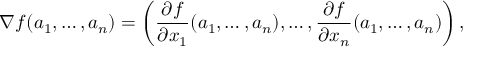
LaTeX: \nabla f ( a _ { 1 } , \ldots , a _ { n } ) = \left( { \frac { \partial f } { \partial x _ { 1 } } } ( a _ { 1 } , \ldots , a _ { n } ) , \ldots , { \frac { \partial f } { \partial x _ { n } } } ( a _ { 1 } , \ldots , a _ { n } ) \right) ,